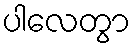
ပါလေတွာ